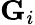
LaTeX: \textbf{G}_{i}